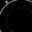
Digit: 8